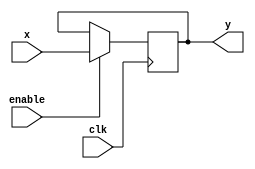
module myreg(x, clk, enable, y);
	input[15:0] x;
	input clk,enable;
	output reg[15:0] y;

	always @ (posedge clk) begin
		if (enable == 1'b1)
			y <= x;
		end
endmodule